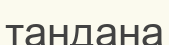
тандана